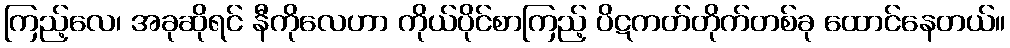
ကြည့်လေ၊ အခုဆိုရင် နီကိုလေဟာ ကိုယ်ပိုင်စာကြည့် ပိဋကတ်တိုက်တစ်ခု ထောင်နေတယ်။